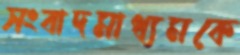
সংবাদমাধ্যমকে